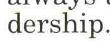
dership.